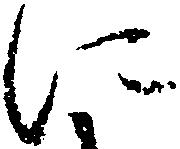
に